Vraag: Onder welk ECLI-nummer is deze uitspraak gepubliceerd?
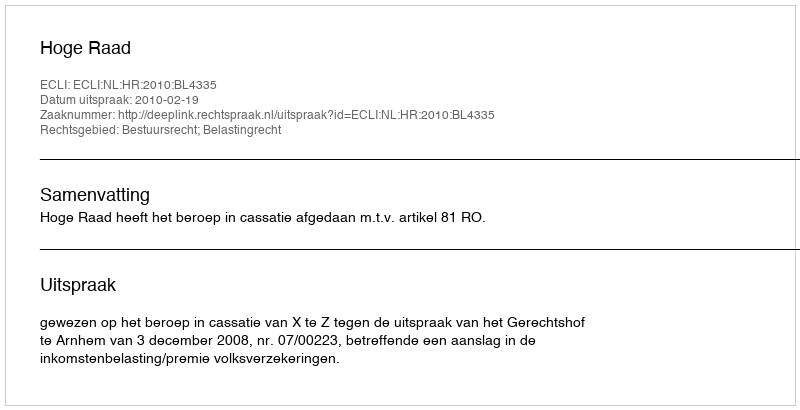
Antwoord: ECLI:NL:HR:2010:BL4335